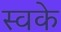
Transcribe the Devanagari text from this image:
स्वके